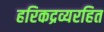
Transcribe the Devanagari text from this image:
हरिकद्रव्यरहित